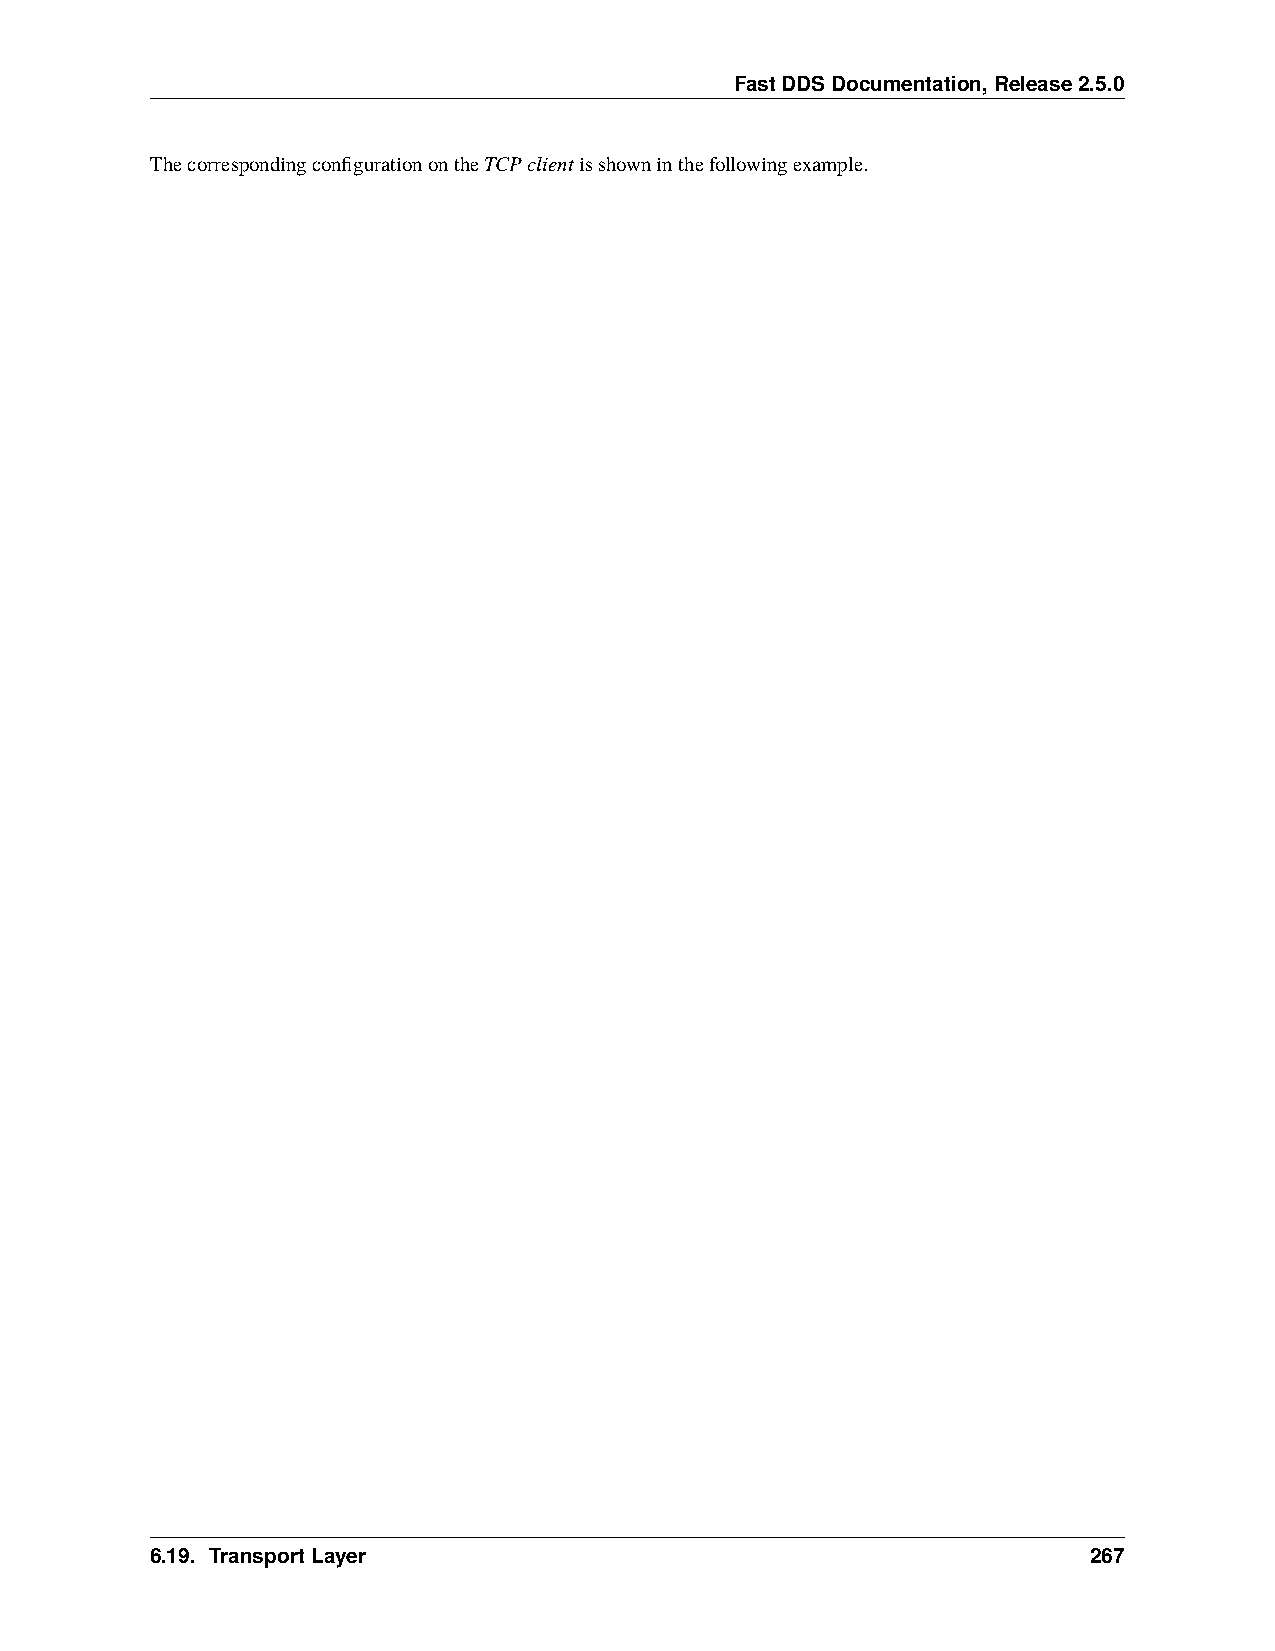
FastDDSDocumentation,Release2.5.0
 ThecorrespondingconfigurationontheTCPclientisshowninthefollowingexample.
 6.19. TransportLayer                                          267